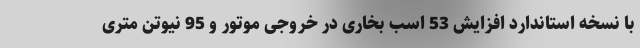
با نسخه استاندارد افزایش 53 اسب بخاری در خروجی موتور و 95 نیوتن متری